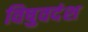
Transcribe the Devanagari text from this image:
विषुवदंश